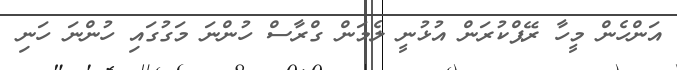
އަންހެން މީހާ ރޭޕްކުރަން އުޅުނީ ލެމަން ގްރާސް ހުންނަ މަގުގައި ހުންނަ ހަނި